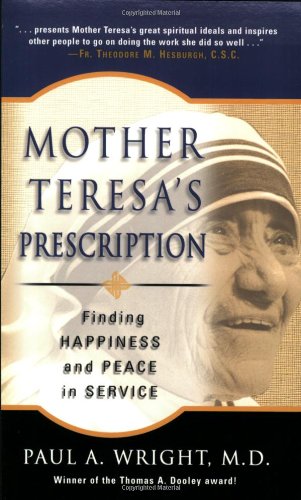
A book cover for Mother Teresa's Prescription: Finding Happiness And Peace in Service; Paul A.; Christian Books & Bibles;